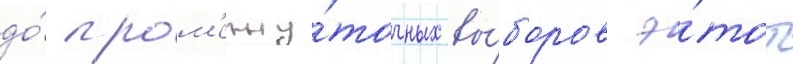
до́ пром'ежу́точных вы́боров э́тот